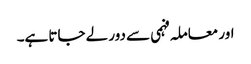
اور معاملہ فہمی سے دور لے جاتا ہے۔